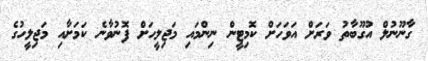
ގާނޫނުލް އުގޫބާތު ވަރަށް އަވަހަށް ކޮމިޓީން ނިންމައި މަޖިލީހަށް ފޮނުވާނެ ކަމަށާއި މަޖިލީހުގެ